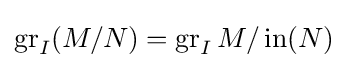
\operatorname {gr} _{I}(M/N)=\operatorname {gr} _{I}M/\operatorname {in} (N)